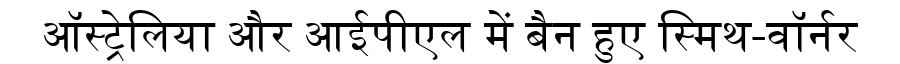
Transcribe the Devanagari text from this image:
ऑस्ट्रेलिया और आईपीएल में बैन हुए स्मिथ-वॉर्नर